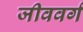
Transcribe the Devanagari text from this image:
जीववर्ग